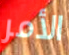
الأمر